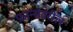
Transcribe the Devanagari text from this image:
फ्रान्सवरील